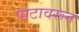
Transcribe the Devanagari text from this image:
पोटावरून